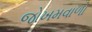
જોખમવાળો